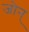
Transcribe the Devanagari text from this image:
जोन्